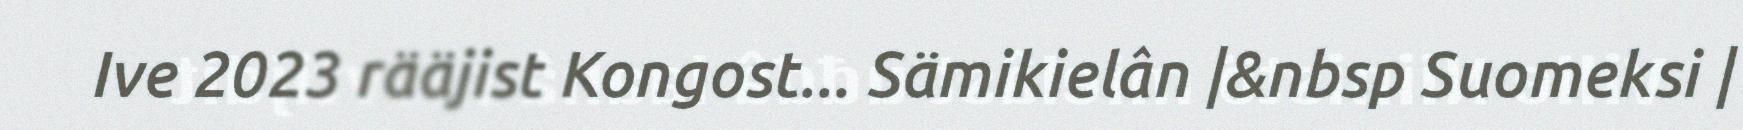
Ive 2023 rääjist Kongost... Sämikielân |&nbsp Suomeksi |